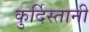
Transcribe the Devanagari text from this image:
कुर्दिस्तानी